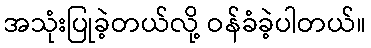
အသုံးပြုခဲ့တယ်လို့ ဝန်ခံခဲ့ပါတယ်။